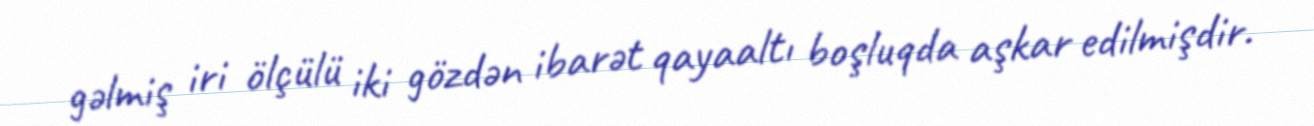
gəlmiş iri ölçülü iki gözdən ibarət qayaaltı boşluqda aşkar edilmişdir.